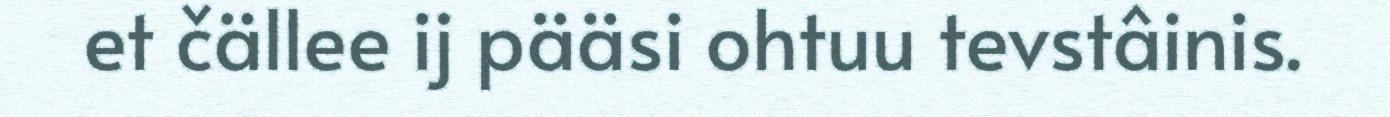
et čällee ij pääsi ohtuu tevstâinis.